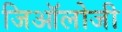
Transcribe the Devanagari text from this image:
जिऑलोजी